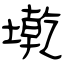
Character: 墘